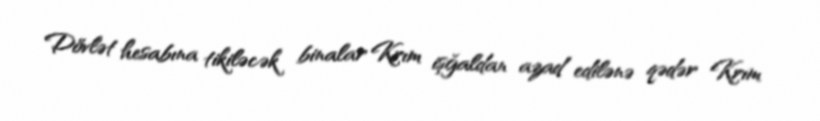
Dövlət hesabına tikiləcək binalar Krım işğaldan azad edilənə qədər Krım